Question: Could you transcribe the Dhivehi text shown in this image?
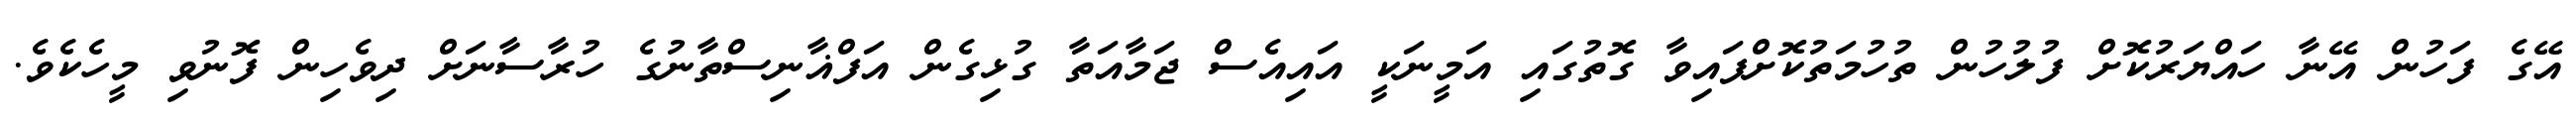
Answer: އޭގެ ފަހުން އޭނާ ހައްޔަރުކޮށް ފުލުހުން ތުހުމަތުކޮށްފައިވާ ގޮތުގައި އަމީނަކީ އައިއެސް ޖަމާއަތާ ގުޅިގެން އަފްޣާނިސްތާނުގެ ހުރާސާނަށް ދިވެހިން ފޮނުވި މީހެކެވެ.